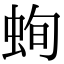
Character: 䖲